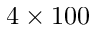
4 \times 1 0 0